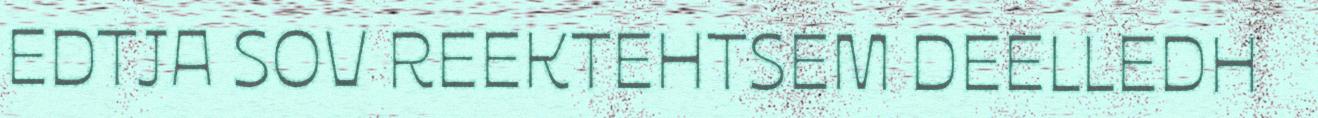
EDTJA SOV REEKTEHTSEM DEELLEDH